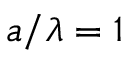
a / \lambda = 1